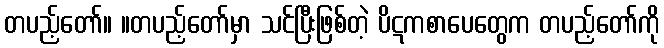
တပည့်တော်။ ။တပည့်တော်မှာ သင်ပြီးဖြစ်တဲ့ ပိဋကစာပေတွေက တပည့်တော်ကို